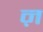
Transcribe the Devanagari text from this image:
ऩ